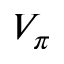
V _ { \pi }